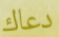
دعاك